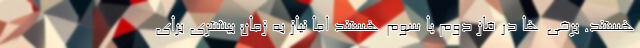
هستند. برخی ها در فاز دوم یا سوم هستند اما نیاز به زمان بیشتری برای